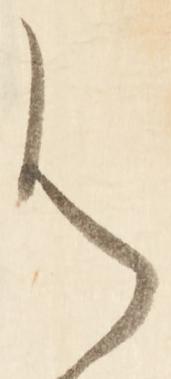
御